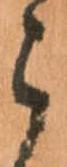
郎